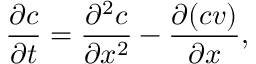
\frac { \partial c } { \partial t } = \frac { \partial ^ { 2 } c } { \partial x ^ { 2 } } - \frac { \partial ( c v ) } { \partial x } ,